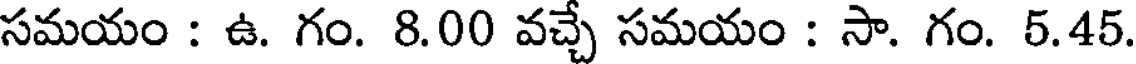
సమయం : ఉ. గం. 8.00 వచ్చే సమయం : సా. గం. 5.45.